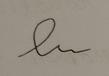
Signature authenticity: forged